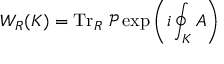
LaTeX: W _ { R } ( K ) = \operatorname { T r } _ { R } \, { \mathcal { P } } \exp \left( i \oint _ { K } A \right)